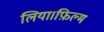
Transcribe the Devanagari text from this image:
लिया।फ़िल्म